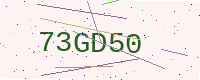
Text: 73GD50